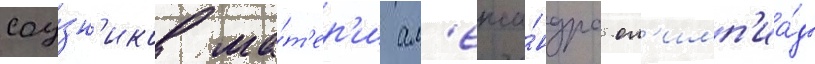
соу́зн'иков ма́т'ер'и ал'екса́ндра ол'имп'иа́ды